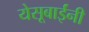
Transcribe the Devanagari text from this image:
येसूबाईंनी